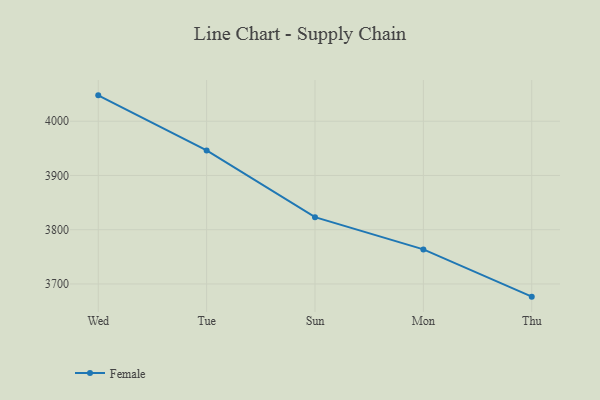
{"axis": {"x": "Day", "y": "Budget (USD K)"}, "legend": ["Female"], "data": [{"x": "Wed", "y": 4047.7, "type": "Female"}, {"x": "Tue", "y": 3946.1, "type": "Female"}, {"x": "Sun", "y": 3823.1, "type": "Female"}, {"x": "Mon", "y": 3763.7, "type": "Female"}, {"x": "Thu", "y": 3676.6, "type": "Female"}]}